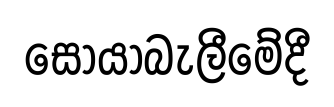
සොයාබැලීමේදී